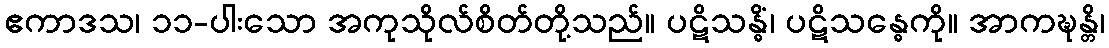
ဧကာဒသ၊ ၁၁-ပါးသော အကုသိုလ်စိတ်တို့သည်။ ပဋိသန္ဓိံ၊ ပဋိသန္ဓေကို။ အာကဍ္ဎန္တိ၊